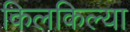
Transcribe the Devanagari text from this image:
किलकिल्या